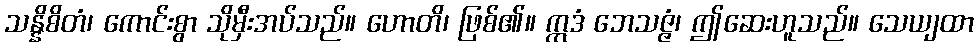
သန္နိစိတံ၊ ကောင်းစွာ သိုမှီးအပ်သည်။ ဟောတိ၊ ဖြစ်၏။ ဣဒံ ဘေသဇ္ဇံ၊ ဤဆေးဟူသည်။ သေယျထာ